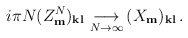
\begin{align*}i\pi N(Z^{N}_{\bf m})_{\bf kl}\, \mathop{\longrightarrow}_{N\rightarrow\infty}\, (X_{\bf m})_{\bf kl}\,. \end{align*}